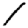
Digit: 1